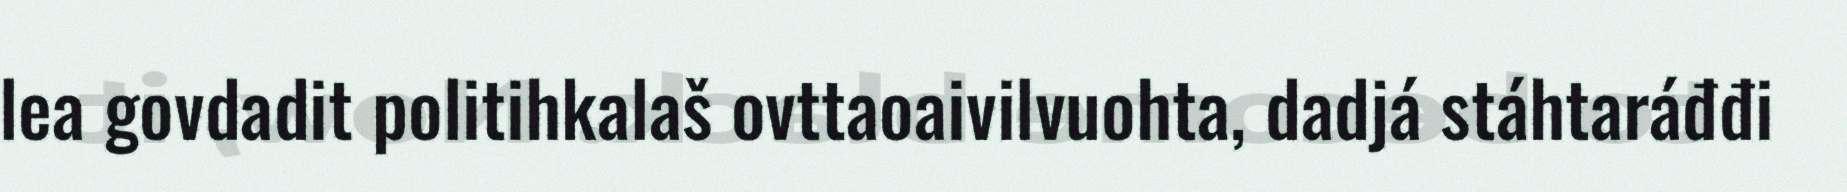
lea govdadit politihkalaš ovttaoaivilvuohta, dadjá stáhtaráđđi